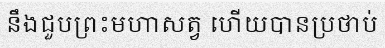
នឹងជួបព្រះមហាសត្វ ហើយបានប្រថាប់